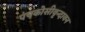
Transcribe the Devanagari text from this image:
पंचकोसीवृन्दावन